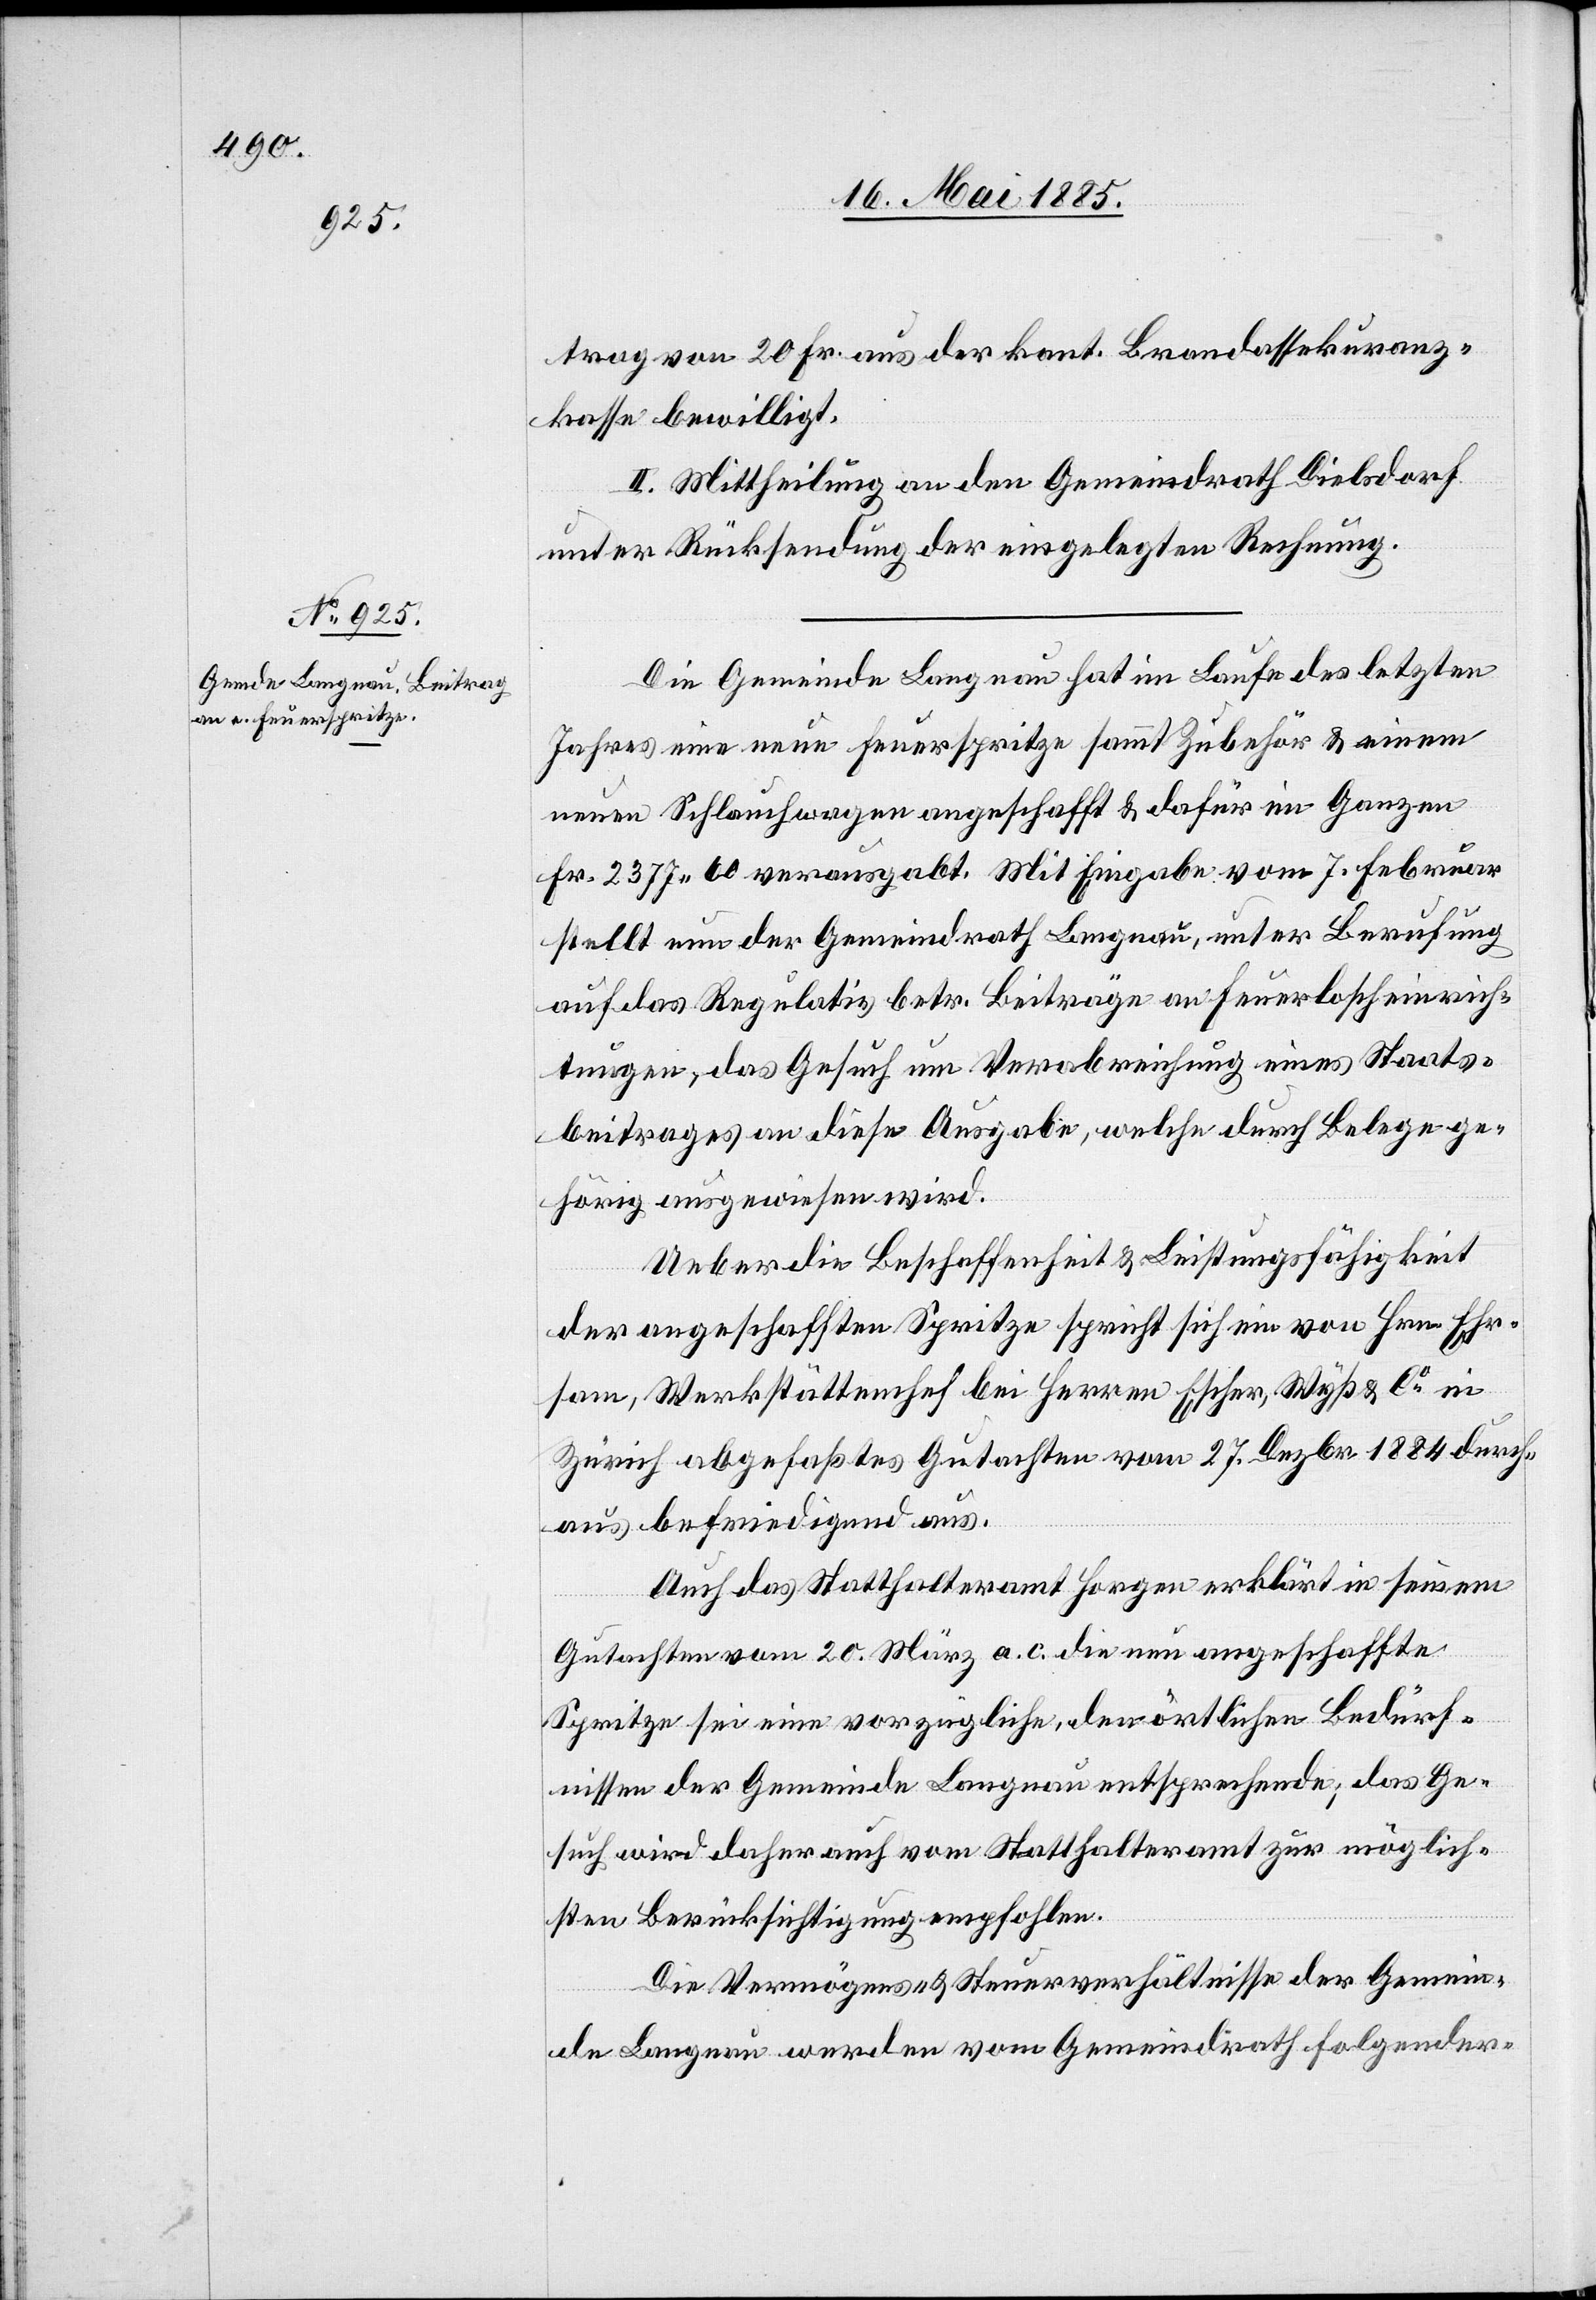
trag von 20 Fr. aus der kant. Brandassekuranz¬
kasse bewilligt.
II. Mittheilung an den Gemeindrath Dielsdorf
unter Rücksendung der eingelegten Rechnung.
Die Gemeinde Langnau hat im Laufe des letzten
Jahres eine neue Feuerspritze sammt Zubehör & einen
neuen Schlauchwagen angeschafft & dafür im Ganzen
Fr. 2377 60 verausgabt. Mit Eingabe vom 7. Februar
stellt nun der Gemeindrath Langnau, unter Berufung
auf das Regulativ betr. Beiträge an Feuerlöscheinrich¬
tungen, das Gesuch um Verabreichung eines Staats¬
beitrages an diese Ausgabe, welche durch Belege ge¬
hörig ausgewiesen wird.
Ueber die Beschaffenheit & Leistungsfähigkeit
der angeschafften Spritze spricht sich ein von Hrn. Ehr¬
sam, Werkstättenchef bei Herrn Escher, Wyß & Co in
Zürich abgefaßtes Gutachten vom 27. Dezbr. 1884 durch¬
aus befriedigend aus.
Auch das Statthalteramt Horgen erklärt in seinem
Gutachten vom 20. März a. c die neu angeschaffte
Spritze sei eine vorzügliche, den örtlichen Bedürf¬
nissen der Gemeinde Langnau entsprechende; das Ge¬
such wird daher auch vom Statthalteramt zur möglich¬
sten Berücksichtigung empfohlen.
Die Vermögens- & Steuerverhältnisse der Gemein¬
de Langnau werden vom Gemeindrath folgender-